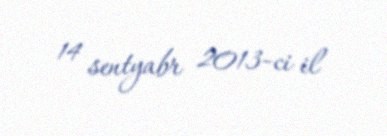
14 sentyabr 2013-ci il